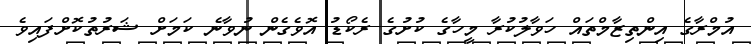
އުމްރާގެ އިންތިޒާމްތައް ހަވާލުކުރާ މީހާގެ ކުށުގެ ރެކޯޑު އޮވެގެން ނުވާނެ ކަމަށް ޝަރުތުކޮށްފައިވެ